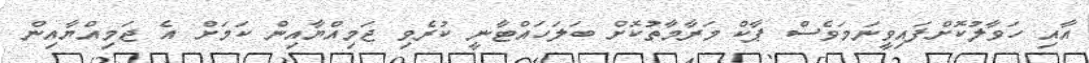
އާއި ހަވާލުކޮށްފައިވީނަމަވެސް ޕާކް މަރާމާތުކޮށް ބަލަހައްޓާނީ ކުރެވި ޖަމިއްޔާއިން ކަަމަށް އެ ޖަމިއްޔާއިން